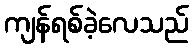
ကျန်ရစ်ခဲ့လေသည်